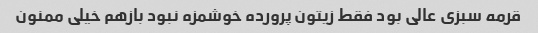
قرمه سبزی عالی بود فقط زیتون پرورده خوشمزه نبود بازهم خیلی ممنون